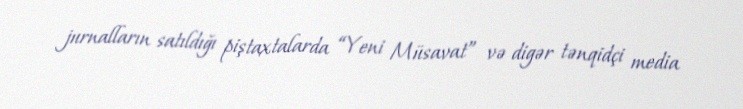
jurnalların satıldığı piştaxtalarda “Yeni Müsavat” və digər tənqidçi media